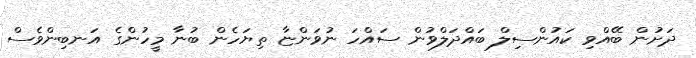
ދަށުން ބޭއްވި ކައުންސިލް ބައްދަލްވުން ސައްހަ ނުވަންޏާ ތިޔަހެން ބުނާ މީހުންގެ އަނބިންވެސް